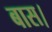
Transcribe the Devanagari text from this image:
बास।